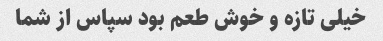
خیلی تازه و خوش طعم بود سپاس از شما